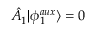
\hat { A } _ { 1 } ^ { \phantom { \dagger } } | \phi _ { 1 } ^ { a u x } \rangle = 0